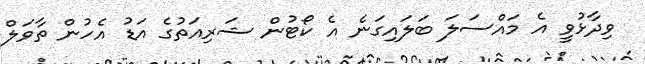
ވިދާޅުވީ އެ މައްސަލަ ބަލައިގަނެ އެ ކޯޓުން ޝަރިއަތުގެ އަޑު އެހުން ތާވަލް